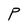
Character: P